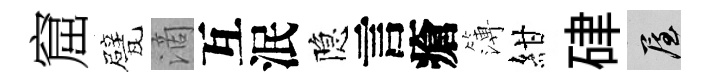
窟甓滴互泯隐言瘡簿紺硉屋